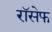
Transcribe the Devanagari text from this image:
रॉसेफ